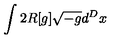
\int 2 R [ g ] \sqrt { - g } d ^ { D } x